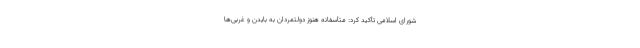
شورای اسلامی تأکید کرد: متأسفانه هنوز دولتمردان به بایدن و غربی‌ها